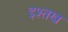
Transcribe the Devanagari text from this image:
इश्तख